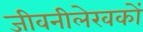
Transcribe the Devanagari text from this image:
जीवनीलेखकों